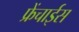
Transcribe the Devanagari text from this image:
फ्रेंचाईस